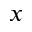
x